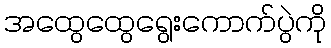
အထွေထွေရွေးကောက်ပွဲကို